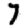
Digit: 7